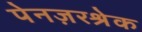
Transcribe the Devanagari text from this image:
पेनज़रश्रेक